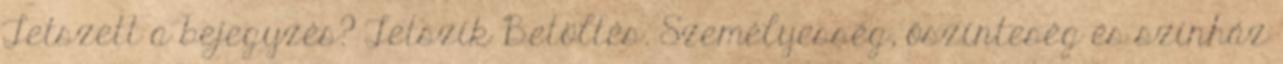
Tetszett a bejegyzés? Tetszik Betöltés. Személyesség, őszinteség és színház